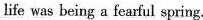
fe was being a lesril spring